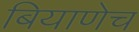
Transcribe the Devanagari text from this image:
बियाणेच